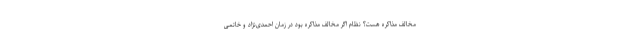
مخالف مذاکره هست؟ نظام اگر مخالف مذاکره بود در زمان احمدی‌نژاد و خاتمی